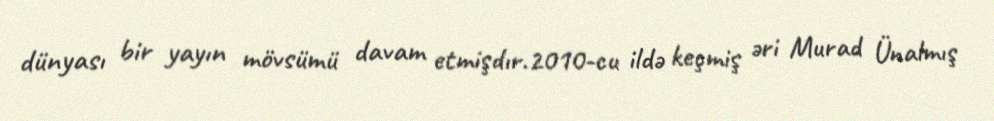
dünyası bir yayın mövsümü davam etmişdır.2010-cu ildə keçmiş əri Murad Ünalmış